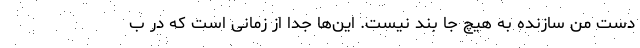
دست من سازنده به هیچ جا بند نیست. این‌ها جدا از زمانی است که در ب